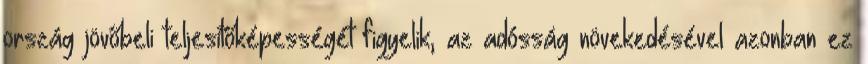
ország jövőbeli teljesítőképességét figyelik, az adósság növekedésével azonban ez